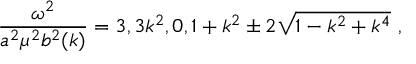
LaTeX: \frac { \omega ^ { 2 } } { a ^ { 2 } \mu ^ { 2 } b ^ { 2 } ( k ) } = 3 , 3 k ^ { 2 } , 0 , 1 + k ^ { 2 } \pm 2 \sqrt { 1 - k ^ { 2 } + k ^ { 4 } } ~ ,